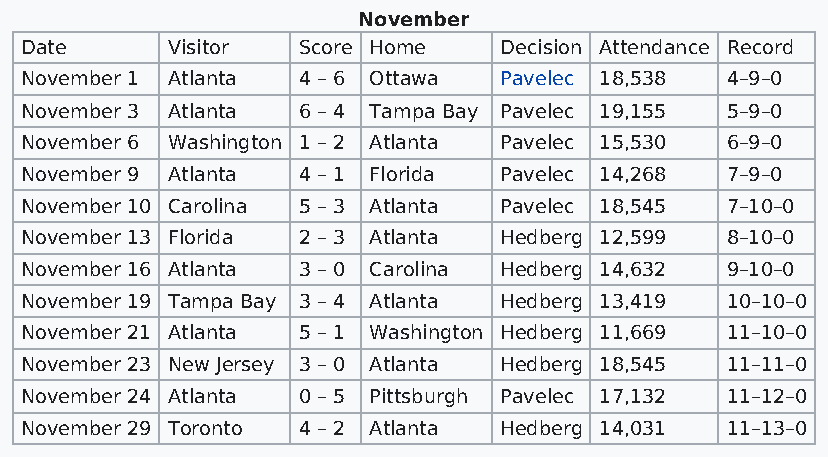
November
 Date      Visitor  Score Home   Decision Attendance Record
 November 1 Atlanta 4 – 6 Ottawa Pavelec 18,538 4–9–0
 November 3 Atlanta 6 – 4 Tampa Bay Pavelec 19,155 5–9–0
 November 6 Washington 1 – 2 Atlanta Pavelec 15,530 6–9–0
 November 9 Atlanta 4 – 1 Florida Pavelec 14,268 7–9–0
 November 10 Carolina 5 – 3 Atlanta Pavelec 18,545 7–10–0
 November 13 Florida 2 – 3 Atlanta Hedberg 12,599 8–10–0
 November 16 Atlanta 3 – 0 Carolina Hedberg 14,632 9–10–0
 November 19 Tampa Bay 3 – 4 Atlanta Hedberg 13,419 10–10–0
 November 21 Atlanta 5 – 1 Washington Hedberg 11,669 11–10–0
 November 23 New Jersey 3 – 0 Atlanta Hedberg 18,545 11–11–0
 November 24 Atlanta 0 – 5 Pittsburgh Pavelec 17,132 11–12–0
 November 29 Toronto 4 – 2 Atlanta Hedberg 14,031 11–13–0